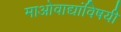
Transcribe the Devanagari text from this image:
माओवाद्यांविषयी